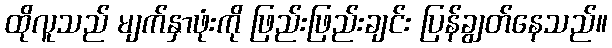
ထိုလူသည် မျက်နှာဖုံးကို ဖြည်းဖြည်းချင်း ပြန်ချွတ်နေသည်။